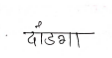
मजकूर: दांडगा